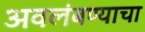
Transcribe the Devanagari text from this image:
अवलंबण्याचा